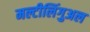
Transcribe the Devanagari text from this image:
मल्टीलिंगुअल